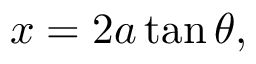
x = 2 a \tan \theta ,